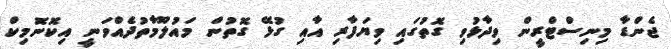
ޖެންޑާ މިނިސްޓްރީން ވިދާޅުވި ގޮތުގައި ވިޔަފާރި އާއި ގުޅޭ ގޮތުން މައުލޫމާތުދެއްވަނީ އިކޮނޮމިކް